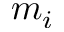
m _ { i }